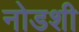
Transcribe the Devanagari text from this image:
नोडशी